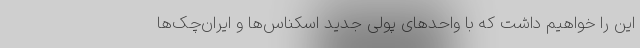
این را خواهیم داشت که با واحدهای پولی جدید اسکناس‌ها و ایران‌چک‌ها